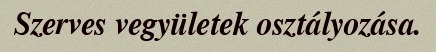
Szerves vegyületek osztályozása.